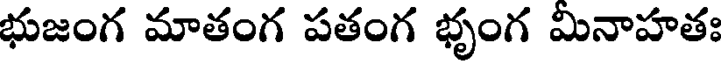
భుజంగ మాతంగ పతంగ భృంగ మినాహతః